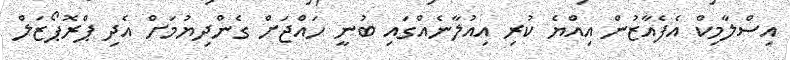
އިސްލާމިކް އެފެއާޒުން އިއްޔެ ކުރި އިއުލާނެއްގައި ބުނީ ހައްޖަށް ގެންދިޔުމަށް އެދި ޕްރޮޕޯޒަލް